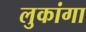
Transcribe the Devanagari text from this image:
लुकांगा